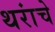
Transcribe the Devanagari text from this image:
थरांचे